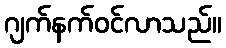
ဂျက်နက်ဝင်လာသည်။